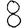
Digit: 8